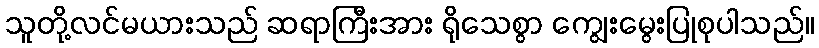
သူတို့လင်မယားသည် ဆရာကြီးအား ရိုသေစွာ ကျွေးမွေးပြုစုပါသည်။